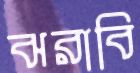
ঝরাবি